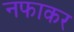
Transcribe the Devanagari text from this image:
नफाकर